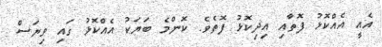
އެއީ އެއްކޮޅު ފޮތާއި އިދިކޮޅު ފޮތެވެ. ކޮންމެ ބަޔަކު އެއްކޮޅު ގައި ވިޔަސް